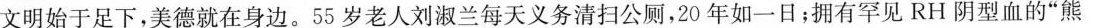
文明始于足下，美德就在身边。55岁老人刘淑兰每天义务清扫公厕，20年如一日；拥有罕见RH阴型血的”熊